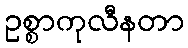
ဥစ္စာကုလီနတာ